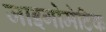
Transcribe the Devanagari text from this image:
जाइगोमेटिक